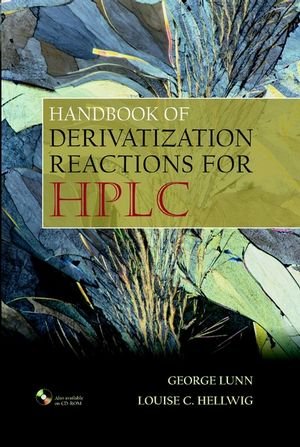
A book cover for Handbook of Derivatization Reactions for HPLC; George Lunn; Science & Math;